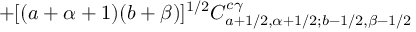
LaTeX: + [ ( a + \alpha + 1 ) ( b + \beta ) ] ^ { 1 / 2 } C _ { a + 1 / 2 , \alpha + 1 / 2 ; b - 1 / 2 , \beta - 1 / 2 } ^ { c \gamma }